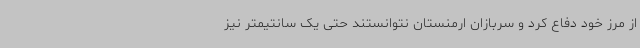
از مرز خود دفاع کرد و سربازان ارمنستان نتوانستند حتی یک سانتیمتر نیز